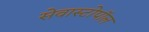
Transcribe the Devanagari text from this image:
सेवास्टोपॉल